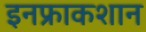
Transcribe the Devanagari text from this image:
इनफ्राकशान